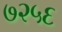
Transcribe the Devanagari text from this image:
७२५६